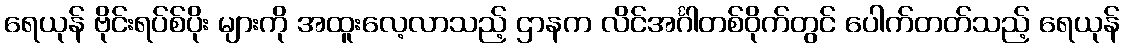
ရေယုန် ဗိုင်းရပ်စ်ပိုး များကို အထူးလေ့လာသည့် ဌာနက လိင်အင်္ဂါတစ်ဝိုက်တွင် ပေါက်တတ်သည့် ရေယုန်